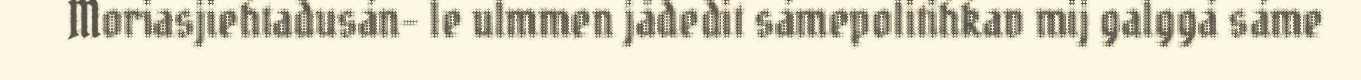
Moriasjiehtadusán- le ulmmen jådedit sámepolitihkav mij galggá sáme